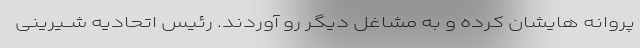
پروانه هایشان کرده و به مشاغل دیگر رو آوردند. رئیس اتحادیه شــیرینى